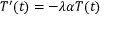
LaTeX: T ^ { \prime } ( t ) = - \lambda \alpha T ( t )